Vaccination in Bombay 1913-1923 - 1913-1923
Year: 1913
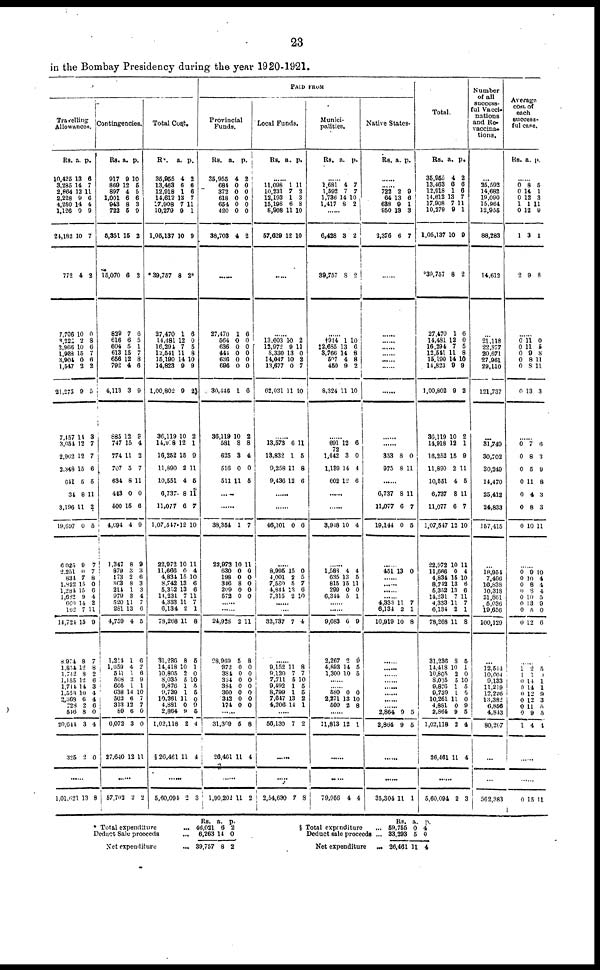
23
in the Bombay Presidency during the year 1920-1921.
PAID FROM
Travelling
Allowances.
Rs.
10,425
3,285
2,864
2,228
4,250
1,126
24,182
772
7,706
3,222
2,968
1,928
3,904
1,547
21,275
7,457
3,054
2,962
2,348
641
34
3,196 1
19,697
6,025
2,251
834
1,822
1,284
1,682
660
162
14,724
8,974
1,854
1,742
1,155
1,714
1,558
2,368
728
546
20,644
325
a.
13
14
12
9 14
9
10
4
10
2
10
15
0
2
9
14
12
12
5
5
8
11
0
9
0
7
15
15
9
14
7
15
8
12
8
12
14
10
6
2
8
3
2
p.
6
7
11 6
4
9
7
2
0
8
6
7
6
2
5
3
7
7
6
5
11
2
5
7
7
8
0
6
4
2
11
9
7
8
9
6
3
4
4
6
0
4
0
......
1,01,621 13 8
Contingencies.
Rs.
917
869
897
1,001
943
722
5,351
15,070
829
616
604
613
656
792
4,113
885
747
774
707
634
443
500
4,694
1,347
879
173
363
214
979
520
281
4,759
1,214
1,659
511
508
605
638
502
313
89
6,072
27,640
a.
9
12
4
6
8
5
15
6
7
6
5
15
12
4
3
12
15
11
5
8
0
15
4
8
3
2
8
1
3
11
13
4
1
4
1
2
1
14
6
12
6
3
12
p.
10
5
5 6
3
9
2
2
6
5
1
7
8
6
9
3
4
2
7
11
0
6
9
9
3
6
3
3
4
7
6
5
6
2 6
9
1
10
7
7
0
0
11
......
57,703 2 2
Total Cost.
Rs.
35,955
13,463
12,918
14,612
17,908
10,279
1,05,137
*39,757
27,470
14,481
16,294
12,541
15,190
14,823
1,00,802
36,119
14,918
16,252
11,890
10,551
6,737
11,077
1,07,547
22,972
11,666
4,834
8,742
5,352
14,231
4,333
6,134
78,268
31,236
14,418
10,805
8,035
9,876
9,739
10,261
4,881
2,864
1,02,118
§ 26,461
a.
4
6
1
13
7
9
10
8
1
12
7
11
14
9
0
10
12
15
2
4
8
6
12
10
0
15
13
13
7
11
2
11
8
10
2
5
1
1
11
0
9
2
11
p.
2
6
6
7
11
1
9
2*
6
0
5
8
10
9
2
2
1
9
11
5
11
7
10
11
4
10
6
6
11
7
1
8
5
1
0
10
5
5
0
9
5
4
4
......
5,60,094 2 3
Provincial
Funds.
Rs.
35,955
684
372
618
654
420
38,703
a.
4
0
0
0
0
0
4
p.
2
0 0
0
0
0
2
......
27,470
564
636
444
636
696
30,446
36,119
581
625
516
511
1
0
0
0
0
0
1
10
8
3
0
11
6
0
0
0
0
0
6
2
8
4
0
5
......
......
38,354
22,972
630
198
346
209
572
1
10
0
0
8
0
0
7
11
0
0
0
0
0
......
......
24,928
28,969
372
384
324
384
360
342
174
2
5
0
0
0
0
0
0
0
11
8
0
0
0
0
0
0
0
......
31,369
26,461
5
11
8
4
......
1,90,202 11 2
Local Funds.
Rs. a. p.
......
11,098
10,231
12,193
15,198
8,908
57,629
1
7
1
6
11
12
11
2
3
8
10
10
......
......
13,003
13,972
8,330
14,047
13,677
62,031
10
9
13
10
0
11
2
11
0
2
7
10
......
13,573
13,832
9,258
9,436
6
1
11
12
11
5
8
6
......
......
46,101 0 6
......
8,995
4,001
7,580
4,844
7,315
15
2
5
13
2
0
5
7
6
10
......
......
32,737 7 4
......
9,152
9,120
7,711
9,492
8,799
7,647
4,206
11
7
5
1
1
13
14
8
7
10
5
5
2
1
......
56,130 7 2
......
......
2,54,630 7 8
Munici-
palities.
Rs.
a. p.
......
1,681
1,592
1,736
1,417
4
7
14
8
7
7
10 2
......
6,428
39,757
3
8
2
2
...
†914
‡2,685
3,766
507
450
8,324
1
13
14
4
9
11
10
6
8
8
2
10
......
691
1,442
1,139
602
12
3
14
12
6
0
4
6
......
......
3,948 10 4
......
1,588
635
815
299
6,344
4
13
15
0
5
4
5
11
0
1
......
......
9,683
2,267
4,893
1,300
6
2
14
10
9
0
5
5
......
......
580
2,271
500
0
13
2
0
10
8
......
11,813 12 1
......
......
79,956 4 4
Native States.
Rs. a. p.
......
......
722
64
638
950
2,376
2
13
9
13
6
9 6
1
3
7
......
......
......
......
......
......
......
......
......
......
353
975
8
8
0
11
......
6,737
11,077
19,144
8
6
0
11
7
5
......
451 13 0
......
......
......
......
4,333
6,134
10,919
11
2
10
7
1
8
......
......
......
......
......
......
......
2,864
2,864
9
9
5
5
......
......
35,304 11 1
Total.
Rs.
35,955
13,463
12,918
14,612
17,908
10,279
1,05,137
*39,757
27,470
14,481
16,294
12,541
15,190
14,823
1,00,802
36,119
14,918
16,252
11,890
10,551
6,737
11,077
1,07,547
22,972
11,666
4,834
8,742
5,352
14,231
4,333
6,134
78,268
31,236
14,418
10,805
8,035
9,876
9,739
10,261
4,881
2,864
1,02,118
26,461
a.
4
6
1
13
7
9
10
8
1
12
7
11
14
9
9
10
12
15
2
4
8
6
12
10
0
15
13
13
7
11
2
11
8
10
2
5
1
1
11
0
9
2
11
p.
2
6
6
7
11
1
9
2
6
0
5
8
10
9
2
2
1
0
11
5
11
7
10
11
4
10
6
6
11
7
1
8
5
1
0
10
5
5
0
9
5
4
4
......
5,60,094 2 3
Number
of all
success-
ful Vacci-
nations
and Re-
vaccina-
tions.
...
25,592
14,682
19,090
15,964
12,955
88,283
14,612
......
21,118
22,877
20,671
27,961
29,110
121,737
...
31,749
30,702
30,240
14,470
25,412
24,833
157,415
...
18,954
7,466
16,838
10,318
21,861
5,036
19,656
100,129
...
12,544
10,604
9,133
11,219
12,226
13,382
6,856
4,843
80,207
...
......
562,383
Average
cost of
each
success-
ful case.
Rs. a. p.
......
0
0
0
1
0
1
2
8
14
12
1
12
3
9
5
1
3
11
9
1
8
......
0
0
0
0
0
0
11
11
9
8
8
13
0
5
8
11
11
3
......
0
0
0
0
0
0
0
7
8
5
11
4
8
10
6
3
9
8
3
3
11
......
0
0
0
0
0
0
0
0
9
10
8
8
10
13
5
12
10
4
4
4
5
9
0
6
......
1
1
0 0
0
0
0
0
1
2
1
14
14
12
12
11
9
4
5 1
1
1
9
3
5
5
4
......
......
0 15 11
* Total expenditure
...
Deduct Sale proceeds ...
Net expenditure ...
Rs.
46,021
6,263
39,757
a.
6
14
8
p.
2
0
2